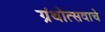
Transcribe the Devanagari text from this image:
ग्रंथोत्सवाचे